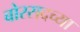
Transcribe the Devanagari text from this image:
बोरसदच्या